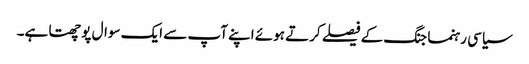
سیاسی رہنما جنگ کے فیصلے کرتے ہوئے اپنے آپ سے ایک سوال پوچھتا ہے۔